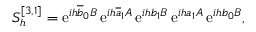
S _ { h } ^ { [ 3 , 1 ] } = \ensuremath { \mathrm { e } } ^ { i h \overline { { b } } _ { 0 } B } \, \ensuremath { \mathrm { e } } ^ { i h \overline { { a } } _ { 1 } A } \, \ensuremath { \mathrm { e } } ^ { i h b _ { 1 } B } \, \ensuremath { \mathrm { e } } ^ { i h a _ { 1 } A } \, \ensuremath { \mathrm { e } } ^ { i h b _ { 0 } B } ,